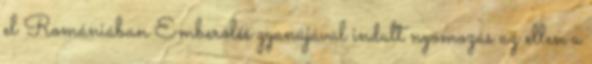
el Romániában Emberölés gyanújával indult nyomozás az ellen a